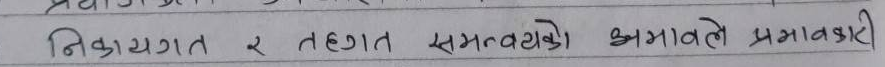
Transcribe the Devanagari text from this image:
निकायगत र तहगत समन्वयको अभावले प्रभावकारी